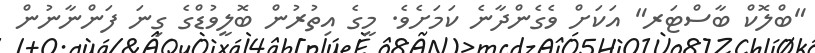
"ބްލޮކް ބާސްޓަރ" އަކަށް ވެގެންދާނެ ކަމަށެވެ. މީގެ އިތުރުން ބޮލީވުޑްގެ ގިނަ ފަންނާނުން